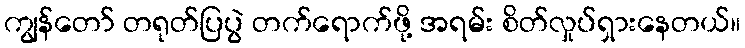
ကျွန်တော် တရုတ်ပြပွဲ တက်ရောက်ဖို့ အရမ်း စိတ်လှုပ်ရှားနေတယ်။